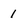
Character: 1